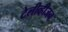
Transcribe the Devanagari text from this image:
टेलीव्हीजन